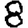
Digit: 8